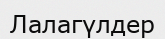
Лалагүлдер